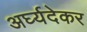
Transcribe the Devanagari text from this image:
अर्घ्यदेकर